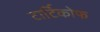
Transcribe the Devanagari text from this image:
टार्टिकोफ